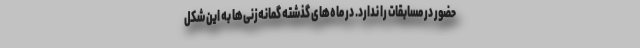
حضور در مسابقات را ندارد. در ماه‌های گذشته گمانه‌زنی‌ها به این شکل